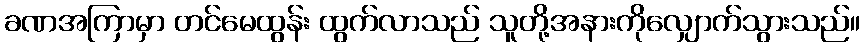
ခဏအကြာမှာ တင်မေထွန်း ထွက်လာသည် သူတို့အနားကိုလျှောက်သွားသည်။